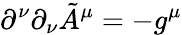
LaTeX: \partial^{\nu}\partial_{\nu}\tilde{A}^{\mu}=-g^{\mu}